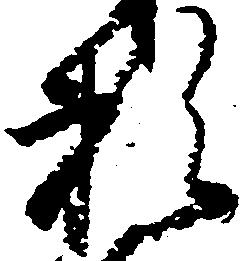
頼